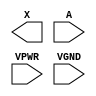
module sky130_fd_sc_hs__dlymetal6s6s (
    X   ,
    A   ,
    VPWR,
    VGND
);

    output X   ;
    input  A   ;
    input  VPWR;
    input  VGND;
endmodule